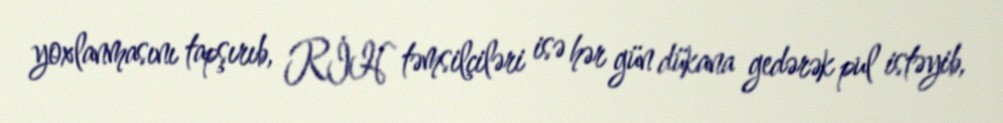
yoxlanmasını tapşırıb, RİH təmsilçiləri isə hər gün dükana gedərək pul istəyib,